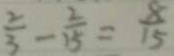
\frac { 2 } { 3 } - \frac { 2 } { 1 5 } = \frac { 8 } { 1 5 }